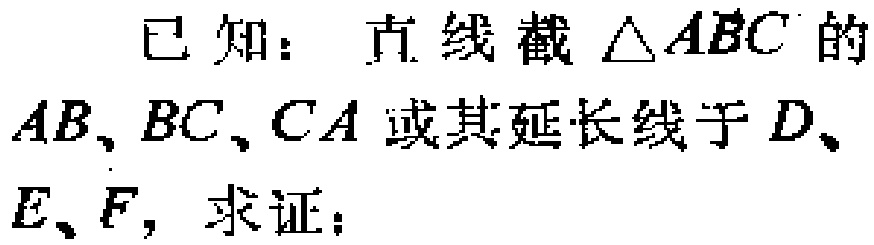
已知：直线截$\triangle ABC$的$AB$、$BC$、$CA$或其延长线于$D$、$E$、$F$，求证：